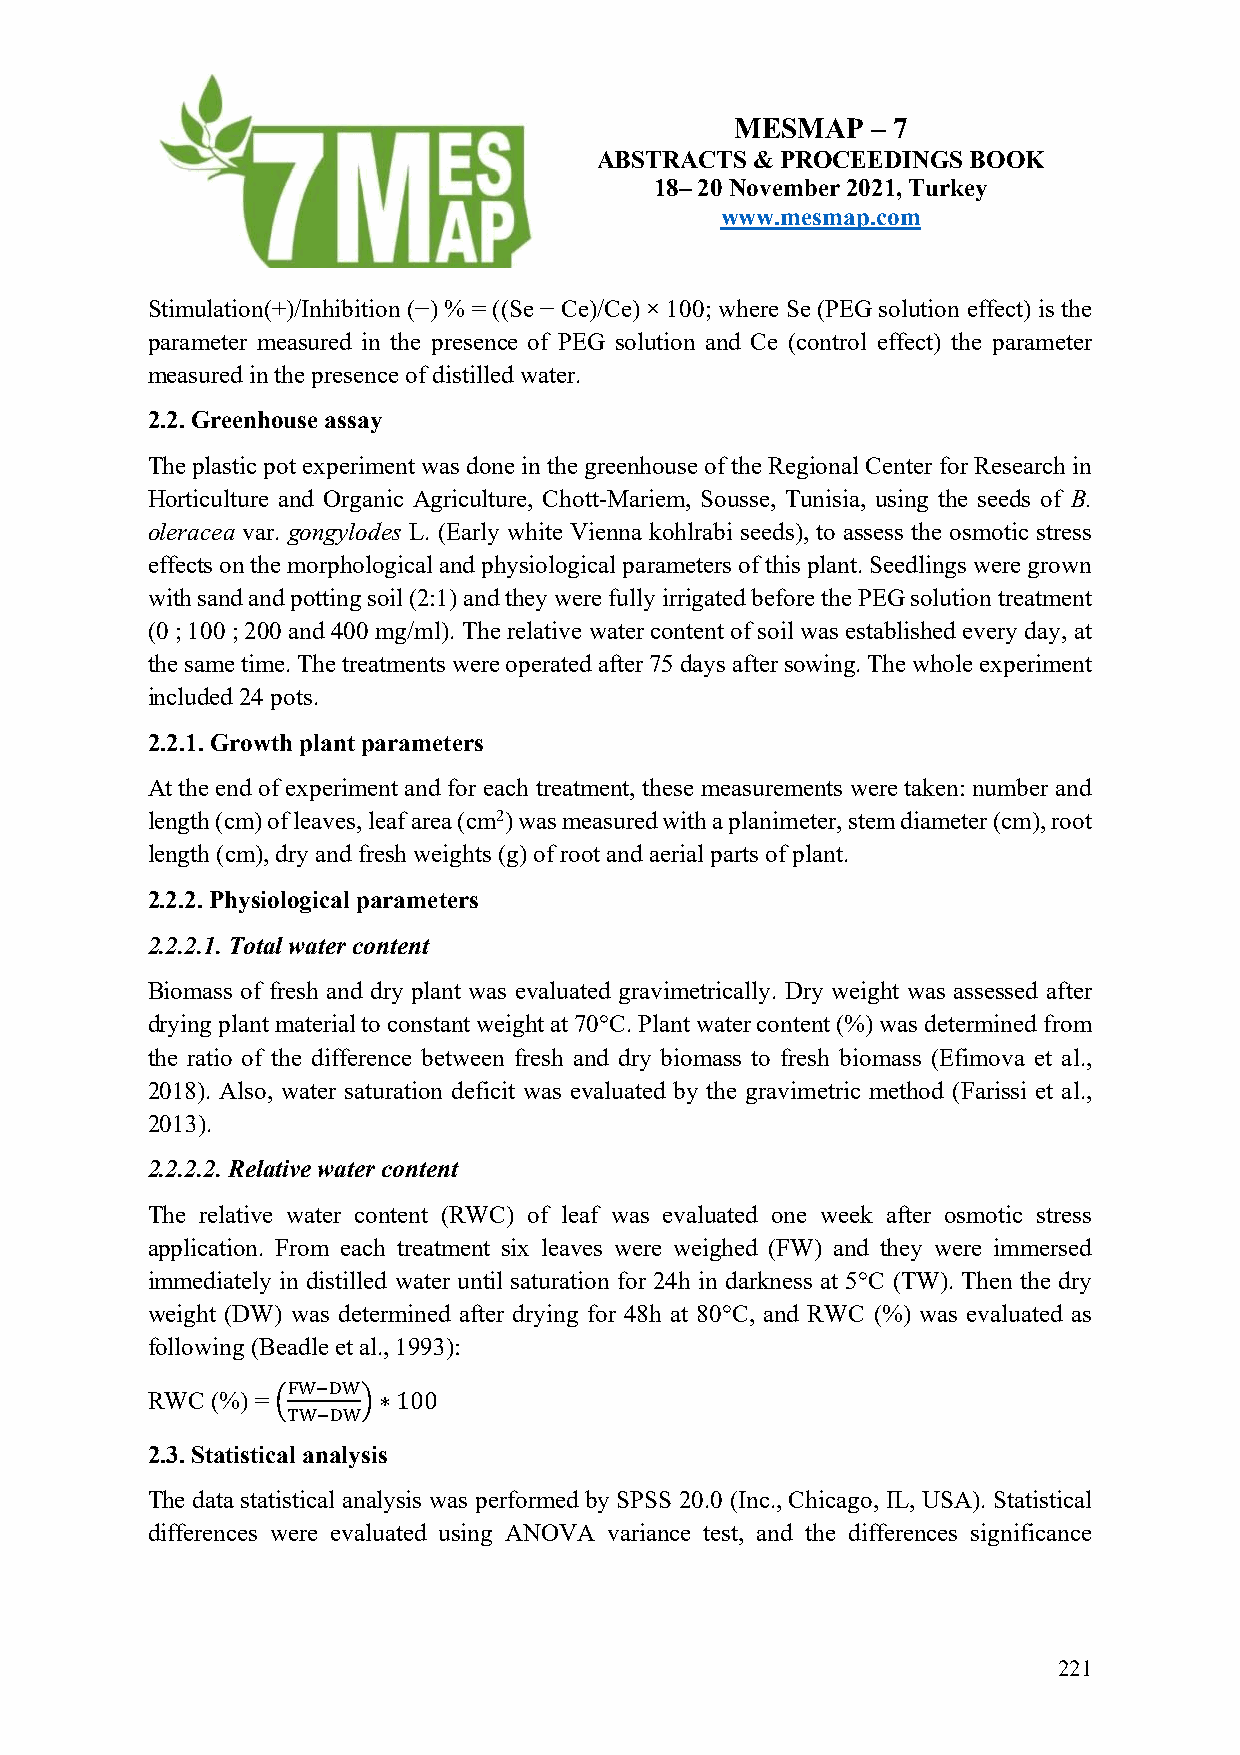
MESMAP   – 7
 ABSTRACTS  & PROCEEDINGS BOOK
 18– 20 November 2021, Turkey
 www.mesmap.com
 Stimulation(+)/Inhibition (−) % = ((Se − Ce)/Ce) × 100; where Se (PEG solution effect) is the
 parameter measured in the presence of PEG solution and Ce (control effect) the parameter
 measured in the presence of distilled water.
 2.2. Greenhouse assay
 The plastic pot experiment was done in the greenhouse of the Regional Center for Research in
 Horticulture and Organic Agriculture, Chott-Mariem, Sousse, Tunisia, using the seeds of B.
 oleracea var. gongylodes L. (Early white Vienna kohlrabi seeds), to assess the osmotic stress
 effects on the morphological and physiological parameters of this plant. Seedlings were grown
 with sand and potting soil (2:1) and they were fully irrigated before the PEG solution treatment
 (0 ; 100 ; 200 and 400 mg/ml). The relative water content of soil was established every day, at
 the same time. The treatments were operated after 75 days after sowing. The whole experiment
 included 24 pots.
 2.2.1. Growth plant parameters
 At the end of experiment and for each treatment, these measurements were taken: number and
 length (cm) of leaves, leaf area (cm2) was measured with a planimeter, stem diameter (cm), root
 length (cm), dry and fresh weights (g) of root and aerial parts of plant.
 2.2.2. Physiological parameters
 2.2.2.1. Total water content
 Biomass of fresh and dry plant was evaluated gravimetrically. Dry weight was assessed after
 drying plant material to constant weight at 70°C. Plant water content (%) was determined from
 the ratio of the difference between fresh and dry biomass to fresh biomass (Efimova et al.,
 2018). Also, water saturation deficit was evaluated by the gravimetric method (Farissi et al.,
 2013).
 2.2.2.2. Relative water content
 The relative water content (RWC) of leaf was evaluated one week after osmotic stress
 application. From each treatment six leaves were weighed (FW) and they were immersed
 immediately in distilled water until saturation for 24h in darkness at 5°C (TW). Then the dry
 weight (DW) was determined after drying for 48h at 80°C, and RWC (%) was evaluated as
 following (Beadle et al., 1993):
 !"#$"
 RWC (%) = !   "∗100
 %"#$"
 2.3. Statistical analysis
 The data statistical analysis was performed by SPSS 20.0 (Inc., Chicago, IL, USA). Statistical
 differences were evaluated using ANOVA variance test, and the differences significance
 221